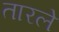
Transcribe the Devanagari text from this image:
तारले